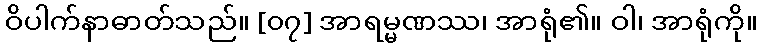
ဝိပါက်နာဓာတ်သည်။ [၀၇] အာရမ္မဏဿ၊ အာရုံ၏။ ဝါ၊ အာရုံကို။